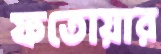
ফতোয়ার